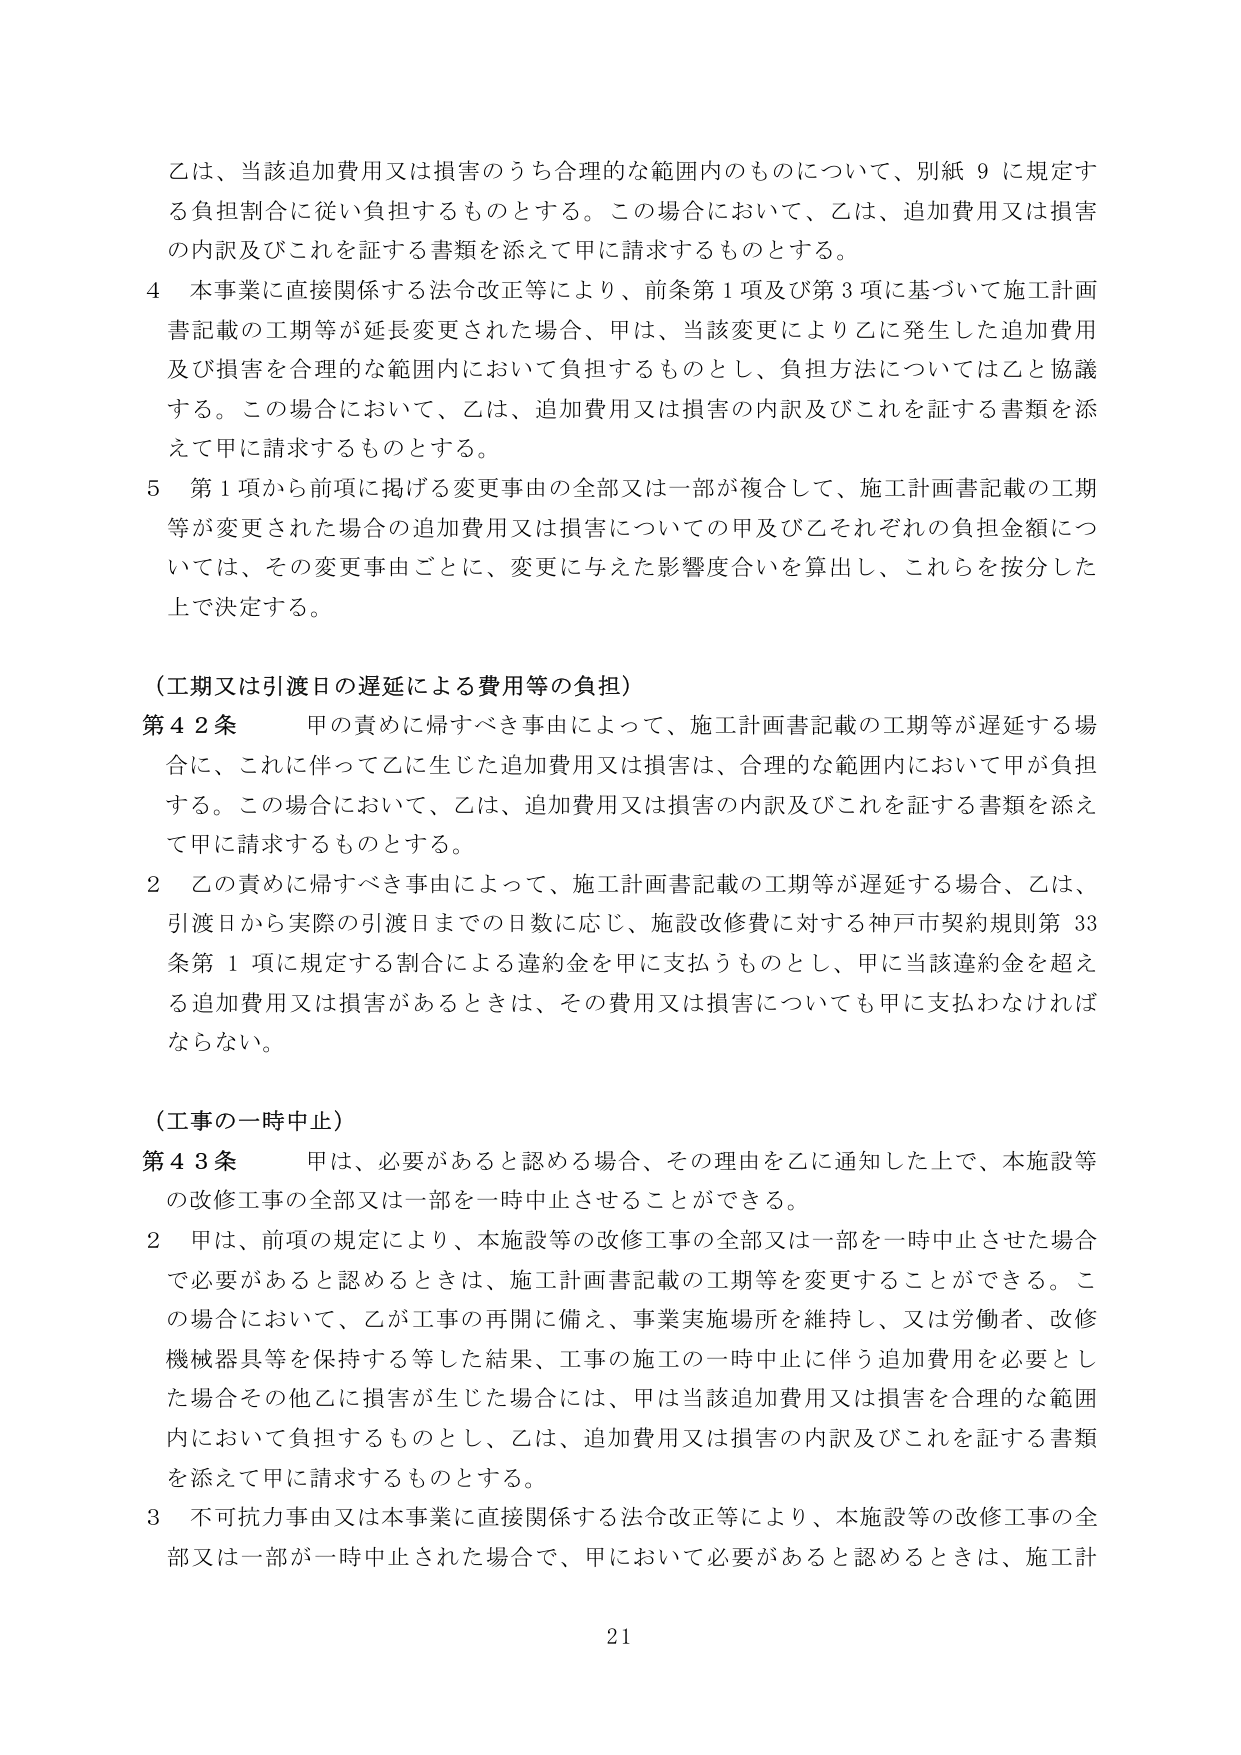
乙は、当該追加費用又は損害のうち合理的な範囲内のものについて、別紙９に規定する負担割合に従い負担するものとする。この場合において、乙は、追加費用又は損害の内訳及びこれを証する書類を添えて甲に請求するものとする。

４ 本事業に直接関係する法令改正等により、前条第１項及び第３項に基づいて施工計画書記載の工期等が延長変更された場合、甲は、当該変更により乙に発生した追加費用及び損害を合理的な範囲内において負担するものとし、負担方法については乙と協議する。この場合において、乙は、追加費用又は損害の内訳及びこれを証する書類を添えて甲に請求するものとする。

５ 第１項から前項に掲げる変更事由の全部又は一部が複合して、施工計画書記載の工期等が変更された場合の追加費用又は損害についての甲及び乙それぞれの負担金額については、その変更事由ごとに、変更に与えた影響度合いを算出し、これらを按分した上で決定する。

（工期又は引渡日の遅延による費用等の負担）

第４２条 甲の責めに帰すべき事由によって、施工計画書記載の工期等が遅延する場合に、これに伴って乙に生じた追加費用又は損害は、合理的な範囲内において甲が負担する。この場合において、乙は、追加費用又は損害の内訳及びこれを証する書類を添えて甲に請求するものとする。

２ 乙の責めに帰すべき事由によって、施工計画書記載の工期等が遅延する場合、乙は、引渡日から実際の引渡日までの日数に応じ、施設改修費に対する神戸市契約規則第33条第１項に規定する割合による違約金を甲に支払うものとし、甲に当該違約金を超える追加費用又は損害があるときは、その費用又は損害についても甲に支払わなければならない。

（工事の一時中止）

第４３条 甲は、必要があると認める場合、その理由を乙に通知した上で、本施設等の改修工事の全部又は一部を一時中止させることができる。

２ 甲は、前項の規定により、本施設等の改修工事の全部又は一部を一時中止させた場合で必要があると認めるときは、施工計画書記載の工期等を変更することができる。この場合において、乙が工事の再開に備え、事業実施場所を維持し、又は労働者、改修機械器具等を保持する等した結果、工事の施工の一時中止に伴う追加費用を必要とした場合その他乙に損害が生じた場合には、甲は当該追加費用又は損害を合理的な範囲内において負担するものとし、乙は、追加費用又は損害の内訳及びこれを証する書類を添えて甲に請求するものとする。

３ 不可抗力事由又は本事業に直接関係する法令改正等により、本施設等の改修工事の全部又は一部が一時中止された場合で、甲において必要があると認めるときは、施工計

21